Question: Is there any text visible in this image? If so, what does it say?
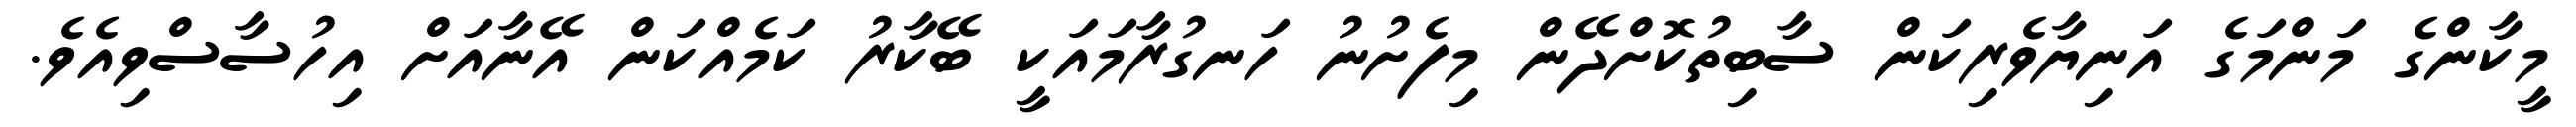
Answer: މީކާންގެ މަންމަގެ އަނިޔާވެރިކަން ސާބިތުކޮށްދޭން މިފެށުނު ހަނގުރާމައަކީ ބޭކާރު ކަމެއްކަން އޭނާއަށް އިހުސާސްވިއެވެ.